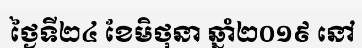
ថ្ងៃទី២៤ ខែមិថុនា ឆ្នាំ២០១៩ នៅ